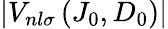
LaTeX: \left|V_{nl\sigma}\left(J_{0},D_{0}\right)\right|